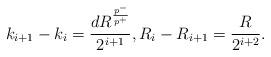
LaTeX: \begin{align*}k_{i+1} - k_i = \frac{d R^{\frac{p^-}{p^+}}}{2^{i+1}},R_i - R_{i+1} = \frac{R}{2^{i+2}}.\end{align*}